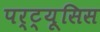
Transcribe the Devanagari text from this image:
पर्ट्यूसिस